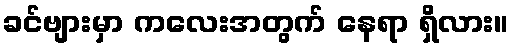
ခင်ဗျားမှာ ကလေးအတွက် နေရာ ရှိလား။